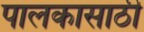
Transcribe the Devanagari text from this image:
पालकासाठी